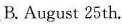
B. August 25th.